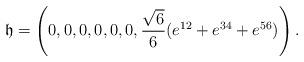
LaTeX: \begin{align*}\frak h=\left (0,0,0,0,0,0,\frac{\sqrt{6}}{6}(e^{12}+e^{34}+e^{56})\right ).\end{align*}